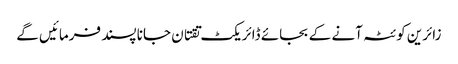
زائرین کوئٹہ آنے کے بجائے ڈائریکٹ تقتان جانا پسند فرمائیں گے